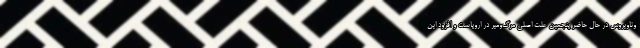
وناویروس در حال حاضر پنجمین علت اصلی مرگ‌ومیر در اروپاست و افزود این